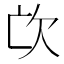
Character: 𣢅